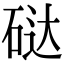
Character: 鿎